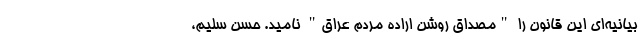
بیانیه‌ای این قانون را "مصداق روشن اراده مردم عراق" نامید. حسن سلیم،